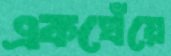
একঘেঁয়ে